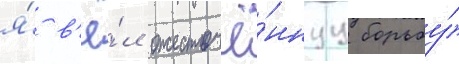
я́ в'ё́л ожесточё́ннуу борьбу́